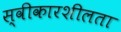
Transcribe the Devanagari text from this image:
स्वीकारशीलता